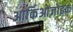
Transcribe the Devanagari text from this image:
आर्किओज़ोइक